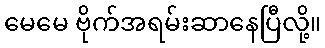
မေမေ ဗိုက်အရမ်းဆာနေပြီလို့။